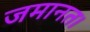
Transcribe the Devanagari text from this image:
जमानत।